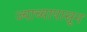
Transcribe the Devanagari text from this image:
ज्याच्यापासून